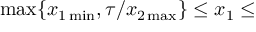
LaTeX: \operatorname * { m a x } \{ x _ { 1 \operatorname * { m i n } } , \tau / x _ { 2 \operatorname * { m a x } } \} \leq x _ { 1 } \leq